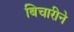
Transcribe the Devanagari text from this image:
बिचारीने